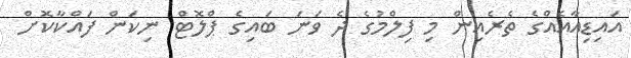
އައިޑިއާއެއްގެ ތެރެއިން މި ފިލްމުގެ ދެ ވަނަ ބައިގެ ޕްލޮޓް ނިކަން ފައްކާކޮށް